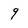
Character: 9